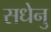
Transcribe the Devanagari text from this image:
सधेनु